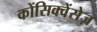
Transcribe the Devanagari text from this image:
कोंसिक्वेंसेज़